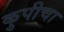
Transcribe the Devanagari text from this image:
कुपीचा